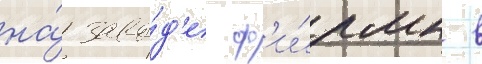
на́ заво́д'е ф'и́рмы в